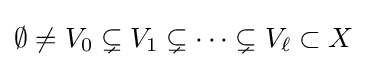
\emptyset \neq V_{0}\subsetneq V_{1}\subsetneq \cdots \subsetneq V_{\ell }\subset X